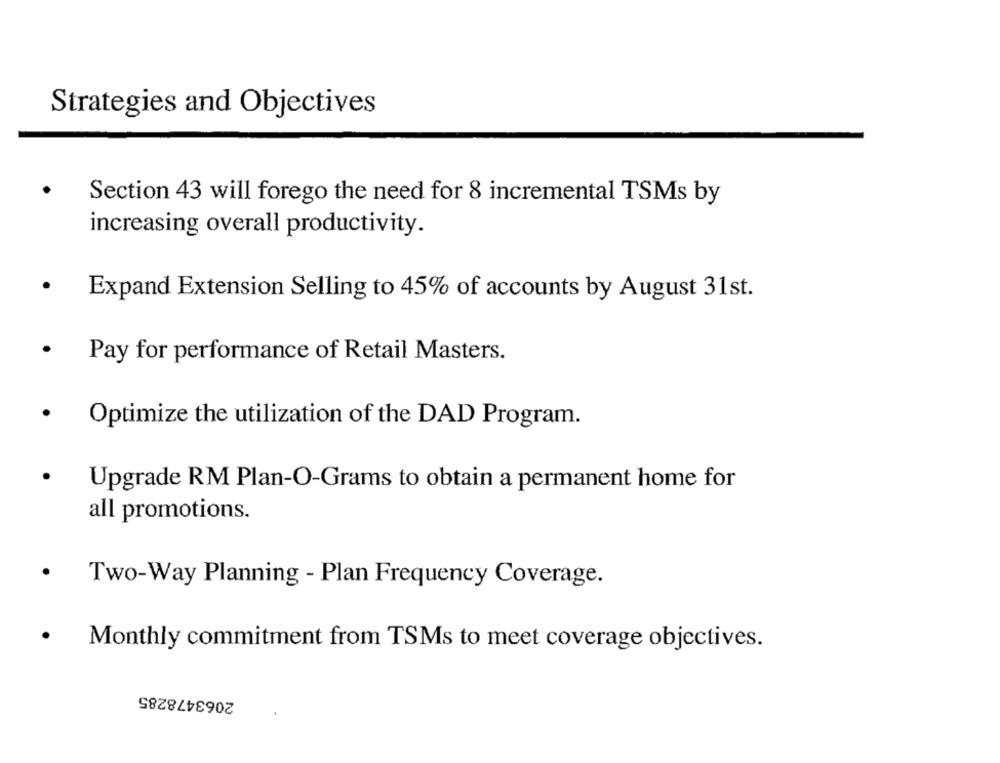
Strategies and Objectives
Section 43 will forego the need for 8 incremental TSMs by
increasing overall productivity.
Expand Extension Selling to 45% of accounts by August 31st.
Pay for performance of Retail Masters.
Optimize the utilization of the DAD Program.
Upgrade RM Plan-O-Grams to obtain a permanent home for
all promotions.
Two-Way Planning - Plan Frequency Coverage.
Monthly commitment from TSMs to meet coverage objectives.
2063478285